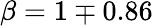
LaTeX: \beta=1\mp 0.86